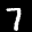
Label: 7